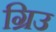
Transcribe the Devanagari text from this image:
ग्रिउ